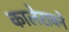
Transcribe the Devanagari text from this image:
कालेरावने